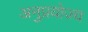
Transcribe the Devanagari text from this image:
अनुप्रयोज्य